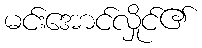
မင်းအောင်လှိုင်၏